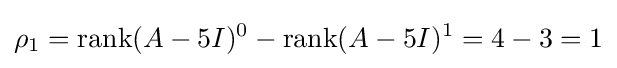
\rho _{1}=\operatorname {rank} (A-5I)^{0}-\operatorname {rank} (A-5I)^{1}=4-3=1